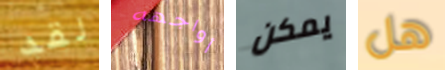
لقد أواجهه يمكن هل